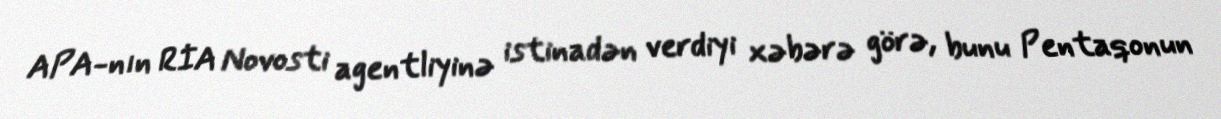
APA-nın RİA Novosti agentliyinə istinadən verdiyi xəbərə görə, bunu Pentaqonun